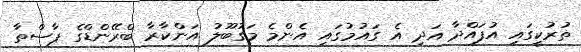
ތުރުކީގައި އުފައްދާ އަދި އެ ގައުމުގައި އެންމެ މަގުބޫލު އަންކާރާ ބްރޭންޑްގެ ޕާސްތާ